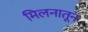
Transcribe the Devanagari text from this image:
मिलनातून